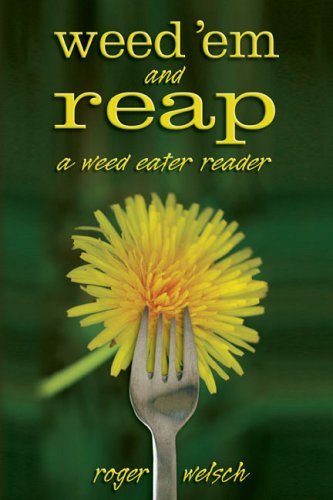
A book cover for Weed 'Em and Reap: A Weed Eater Reader; Roger Welsch; Crafts, Hobbies & Home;